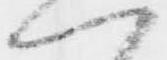
ヘ